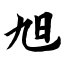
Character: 旭